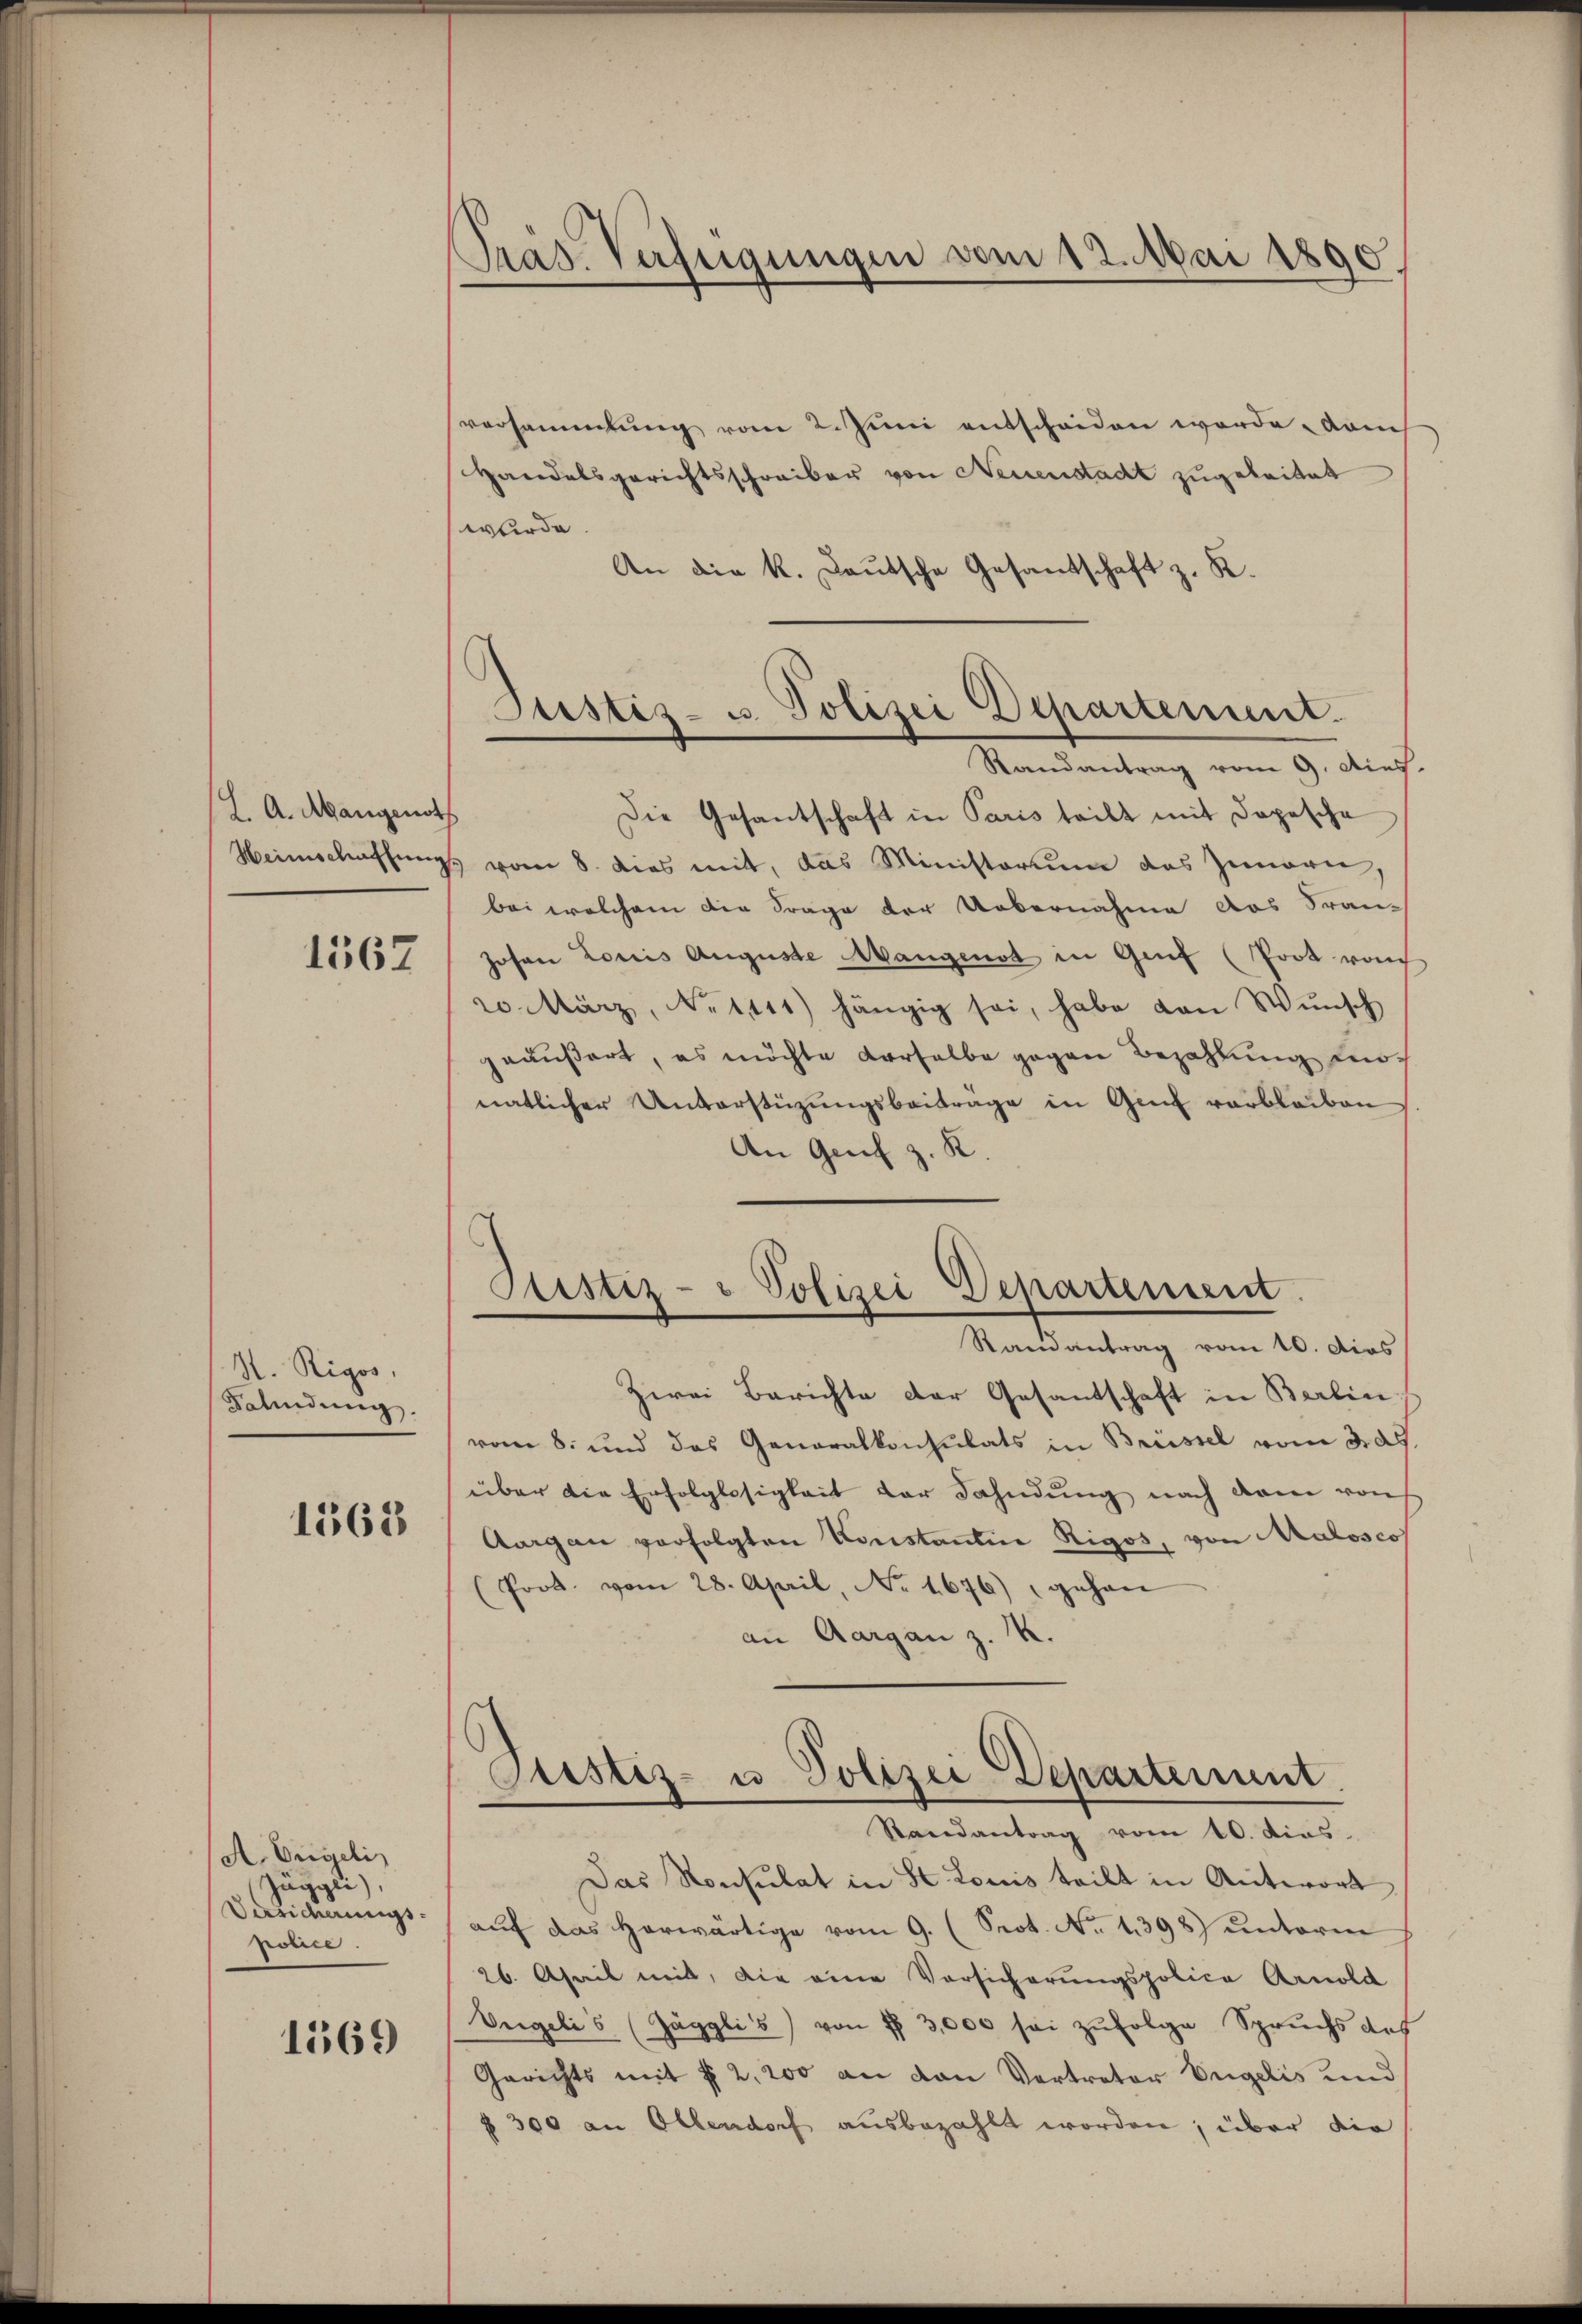
L. A. Mangenoth

1562

H. Rigos,
Falindung.

1563

A. Engeli
Jäggli
Versicherungs-
police.

1569

versammlung vom 2. Juni entscheiden werde auch
Handelsgerichtsschreiber von Neuenstadt zugeleitet
wurde.
An die K. Deutsche Gesandschaft z. K.

Präs. Verfügungen vom 12. Mai 1890.

Justiz- u. Polizei Departement.
Randantrag vom 9. dies.

Die Gesantschaft in Paris teilt mit Dopesche
Heimschaffungs vom 8. dies mit, das Ministorium das Zenorn,
bei welchem die Frage der Uebernahme das Fran¬
Johann Louis Auguste Mangenot in Genf (Poot roch
20. März, No 1141) hängig sei, habe von Wŭnsch
geäußert, es möchte derselbe gegen Bezahlung nonatlicher Unterstüzungsbeiträge in Genf verbleiben
An Genf z. R.

Justiz- & Polizei Departement.
Randantrag vom 10. dies

Zwei Berichte der Gesantschaft in Berlin
vom 8. und das Generalkonsulats in Brüssel vom 305.
über die Erfolglosigkeit der Fahndung nach dem von
Aargau verfolgten Konstantine Rigos, von Maloscos
(Prot. vom 28. April, No. 1676) gehan
an Aargau z. K.

Justiz- u Polizei Departement
Randantrag vom 10. dies

Das Konsulat in St. Louis teilt in Anterort
aŭf das herwärtige vom 9. (Prot. No. 1398) untere
26. April mit, die eine Vorsicherungspolica Arnold
Vngelis (Jägglis) von fl 3,000 sei zufolge Spruchs auf
Gerichts mit f. 2, 200 an den Vertreter Engelis und
300 an Oltendorf ausbezahlt worden; über die